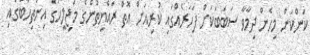
ކަންކަން މިހެން ދިމާވާ ސަބަބަކަށް ފަހަރެއްގައި ކުރިއަށް އޮތް ރައްޔިތުންގެ މަޖިލީހުގެ އިންތިހާބުގައި